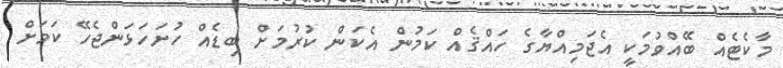
މާކެޓެއް ބޭއްވުމަކީ އެޖަމިއްޔާގެ ހައްޤެއް ކަމުން އެކަން ކުރުމަށް ބިޑެއް ހުށަހަޅަންޖެހޭ ކަމަށް